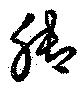
脚